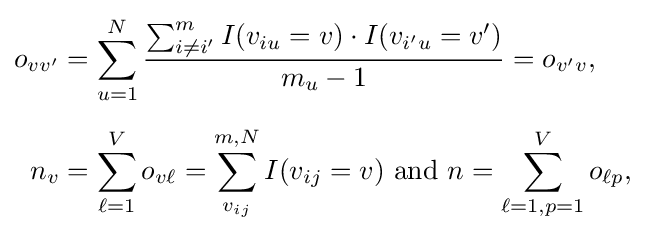
{\begin{aligned}o_{vv'}&=\sum _{u=1}^{N}{\frac {\sum _{i\neq i'}^{m}I(v_{iu}=v)\cdot I(v_{i'u}=v')}{m_{u}-1}}=o_{v'v},\\[5pt]n_{v}&=\sum _{\ell =1}^{V}o_{v\ell }=\sum _{v_{ij}}^{m,N}I(v_{ij}=v){\text{ and }}n=\sum _{\ell =1,p=1}^{V}o_{\ell p},\end{aligned}}